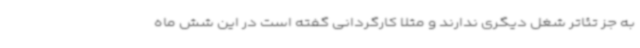
به جز تئاتر شغل دیگری ندارند و مثلا کارگردانی گفته است در این شش ماه